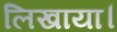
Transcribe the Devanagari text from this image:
लिखाया।